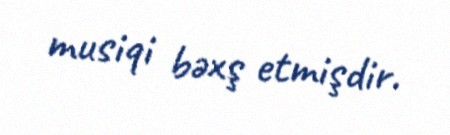
musiqi bəxş etmişdir.